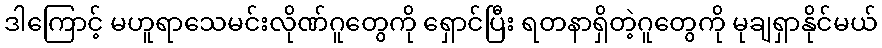
ဒါကြောင့် မဟူရာသေမင်းလိုဏ်ဂူတွေကို ရှောင်ပြီး ရတနာရှိတဲ့ဂူတွေကို မုချရှာနိုင်မယ်